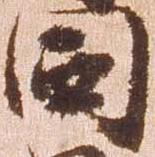
同